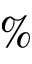
\%